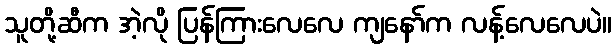
သူတို့ဆီက အဲ့လို ပြန်ကြားလေလေ ကျနော်က လန့်လေလေပဲ။